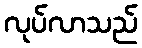
လုပ်လာသည်